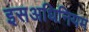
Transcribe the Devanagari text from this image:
इसअधिनियम